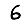
Digit: 6